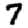
Digit: 7